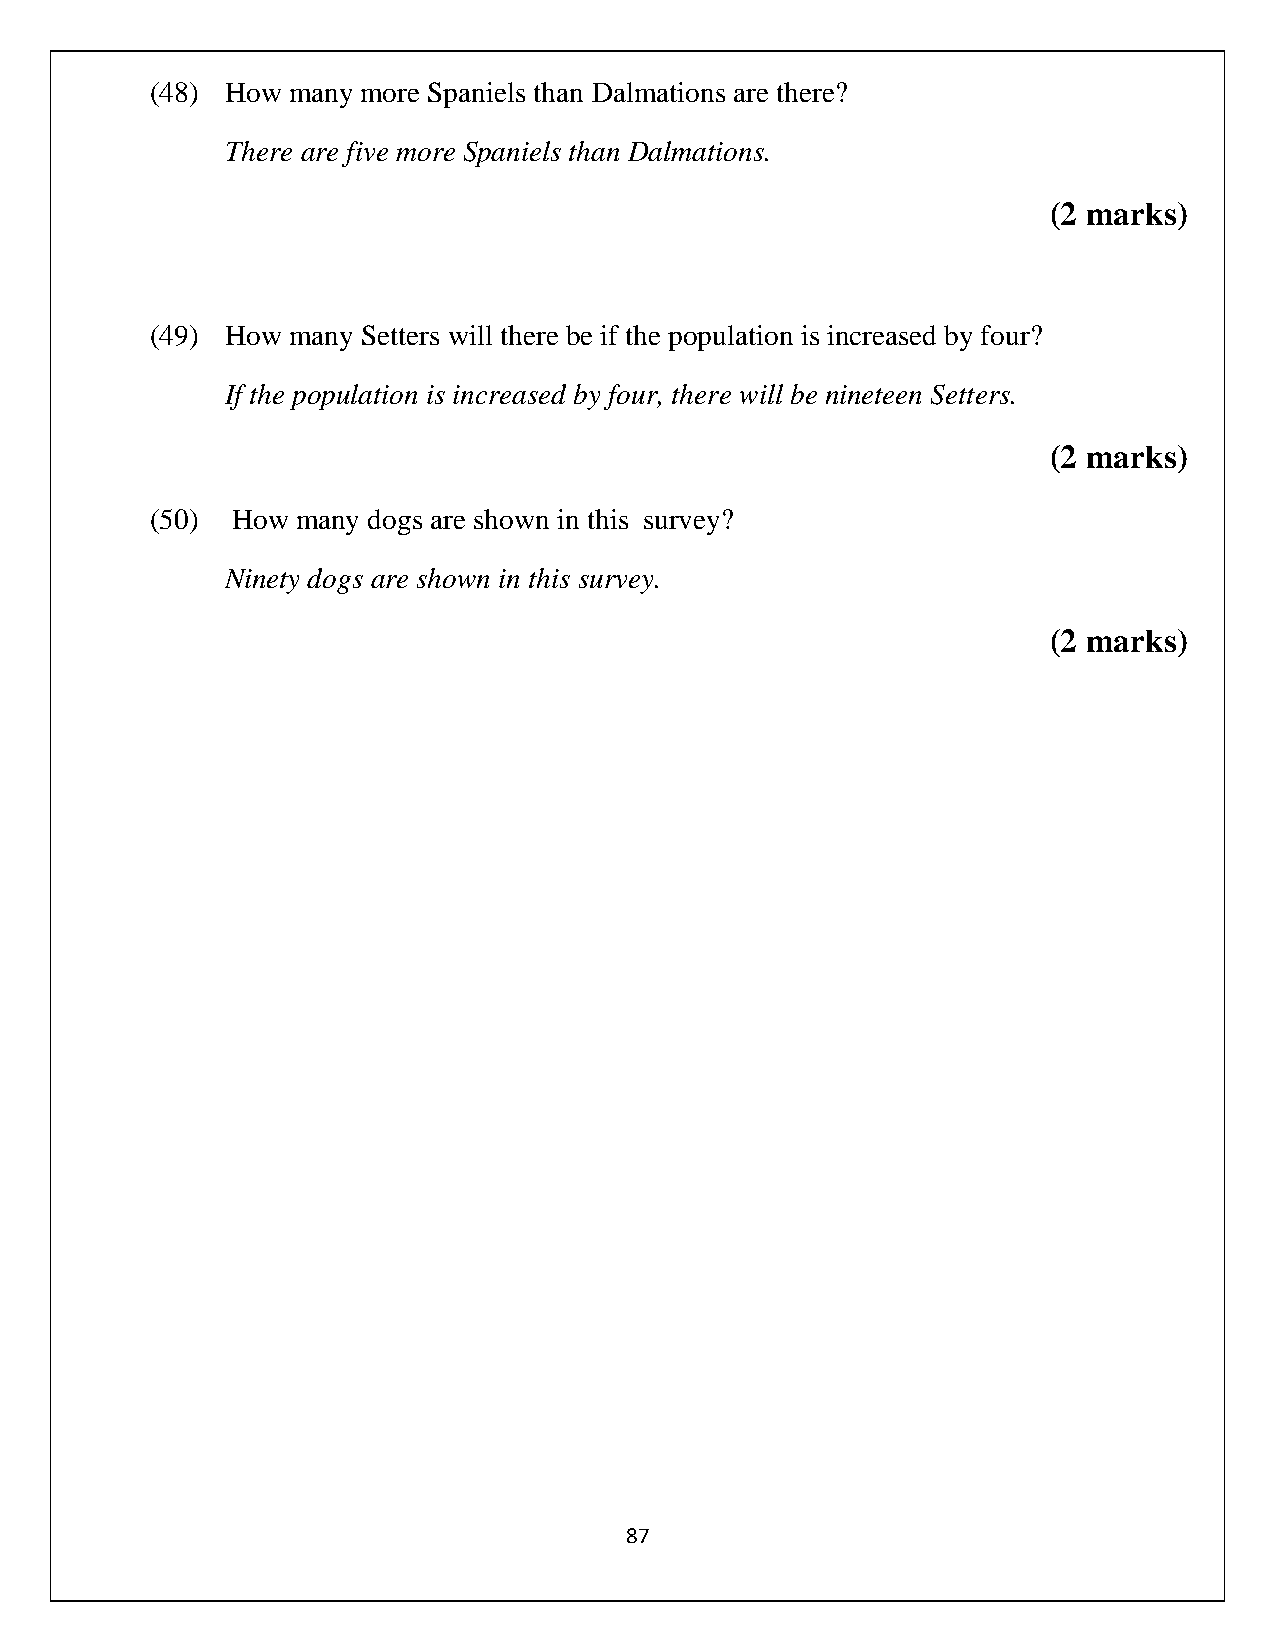
(48) How many more Spaniels than Dalmations are there?
 There are five more Spaniels than Dalmations.
 (2 marks)
 (49) How many Setters will there be if the population is increased by four?
 If the population is increased by four, there will be nineteen Setters.
 (2 marks)
 (50) How  many dogs are shown in this survey?
 Ninety dogs are shown in this survey.
 (2 marks)
 87